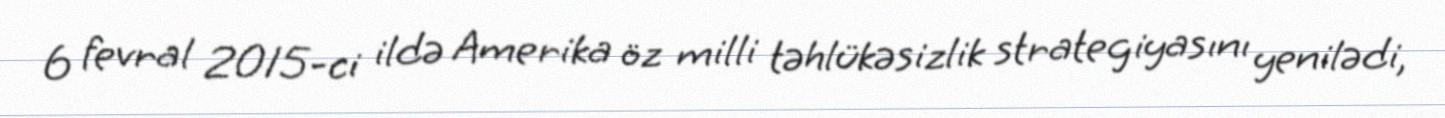
6 fevral 2015-ci ildə Amerika öz milli təhlükəsizlik strategiyasını yenilədi,